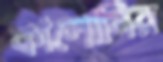
কালোনির